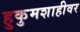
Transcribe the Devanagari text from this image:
हुकुमशाहीवर